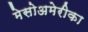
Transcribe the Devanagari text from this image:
मेसोअमेरीका